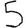
Digit: 5